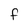
Character: f